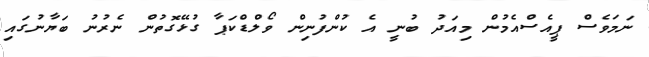
ނަމަވެސް ޕީއެސްއެމުން މިއަދު ބުނީ އެ ކުންފުނިން ވޯލްޑްކަޕާ ގުޅޭގޮތުން ނެރުނު ބަޔާނުގައި